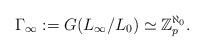
LaTeX: \begin{align*}\Gamma_\infty:=G(L_\infty/L_0)\simeq \Bbb Z_p^{\aleph_0}.\end{align*}